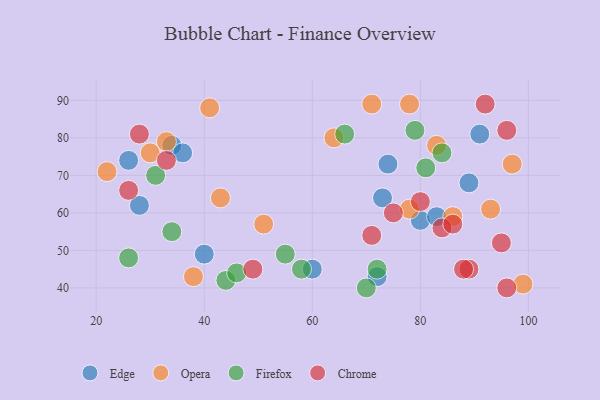
{"axis": {"x": "GDP", "y": "Life Expectancy"}, "legend": ["Chrome", "Edge", "Firefox", "Opera"], "data": [{"x": "28", "y": 62, "type": "Edge"}, {"x": "34", "y": 78, "type": "Edge"}, {"x": "40", "y": 49, "type": "Edge"}, {"x": "91", "y": 81, "type": "Edge"}, {"x": "72", "y": 43, "type": "Edge"}, {"x": "60", "y": 45, "type": "Edge"}, {"x": "80", "y": 58, "type": "Edge"}, {"x": "36", "y": 76, "type": "Edge"}, {"x": "74", "y": 73, "type": "Edge"}, {"x": "83", "y": 59, "type": "Edge"}, {"x": "73", "y": 64, "type": "Edge"}, {"x": "89", "y": 68, "type": "Edge"}, {"x": "26", "y": 74, "type": "Edge"}, {"x": "38", "y": 43, "type": "Opera"}, {"x": "22", "y": 71, "type": "Opera"}, {"x": "64", "y": 80, "type": "Opera"}, {"x": "43", "y": 64, "type": "Opera"}, {"x": "78", "y": 61, "type": "Opera"}, {"x": "83", "y": 78, "type": "Opera"}, {"x": "93", "y": 61, "type": "Opera"}, {"x": "86", "y": 59, "type": "Opera"}, {"x": "71", "y": 89, "type": "Opera"}, {"x": "97", "y": 73, "type": "Opera"}, {"x": "30", "y": 76, "type": "Opera"}, {"x": "41", "y": 88, "type": "Opera"}, {"x": "51", "y": 57, "type": "Opera"}, {"x": "78", "y": 89, "type": "Opera"}, {"x": "99", "y": 41, "type": "Opera"}, {"x": "33", "y": 79, "type": "Opera"}, {"x": "84", "y": 76, "type": "Firefox"}, {"x": "72", "y": 45, "type": "Firefox"}, {"x": "66", "y": 81, "type": "Firefox"}, {"x": "31", "y": 70, "type": "Firefox"}, {"x": "26", "y": 48, "type": "Firefox"}, {"x": "44", "y": 42, "type": "Firefox"}, {"x": "79", "y": 82, "type": "Firefox"}, {"x": "70", "y": 40, "type": "Firefox"}, {"x": "81", "y": 72, "type": "Firefox"}, {"x": "55", "y": 49, "type": "Firefox"}, {"x": "34", "y": 55, "type": "Firefox"}, {"x": "46", "y": 44, "type": "Firefox"}, {"x": "58", "y": 45, "type": "Firefox"}, {"x": "33", "y": 74, "type": "Chrome"}, {"x": "71", "y": 54, "type": "Chrome"}, {"x": "92", "y": 89, "type": "Chrome"}, {"x": "84", "y": 56, "type": "Chrome"}, {"x": "86", "y": 57, "type": "Chrome"}, {"x": "89", "y": 45, "type": "Chrome"}, {"x": "96", "y": 82, "type": "Chrome"}, {"x": "96", "y": 40, "type": "Chrome"}, {"x": "49", "y": 45, "type": "Chrome"}, {"x": "95", "y": 52, "type": "Chrome"}, {"x": "80", "y": 63, "type": "Chrome"}, {"x": "26", "y": 66, "type": "Chrome"}, {"x": "28", "y": 81, "type": "Chrome"}, {"x": "75", "y": 60, "type": "Chrome"}, {"x": "88", "y": 45, "type": "Chrome"}]}